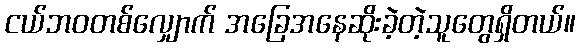
ငယ်ဘဝတစ်လျှောက် အခြေအနေဆိုးခဲ့တဲ့သူတွေရှိတယ်။